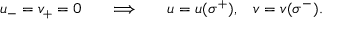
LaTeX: u _ { - } = v _ { + } = 0 \; \; \; \; \; \; \Longrightarrow \; \; \; \; \; \; u = u ( \sigma ^ { + } ) , \; \; \; v = v ( \sigma ^ { - } ) .